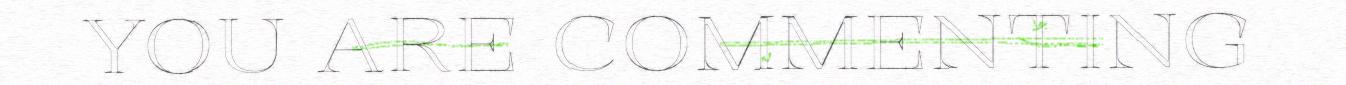
YOU ARE COMMENTING